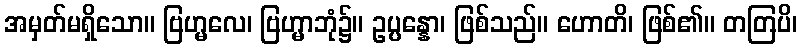
အမှတ်မရှိသော။ ဗြဟ္မလေ၊ ဗြဟ္မာဘုံ၌။ ဥပ္ပန္နော၊ ဖြစ်သည်။ ဟောတိ၊ ဖြစ်၏။ တတြပိ၊